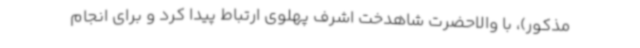
مذکور)، با والاحضرت شاهدخت اشرف پهلوی ارتباط پیدا کرد و برای انجام